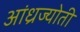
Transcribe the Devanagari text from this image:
आंध्रज्योती